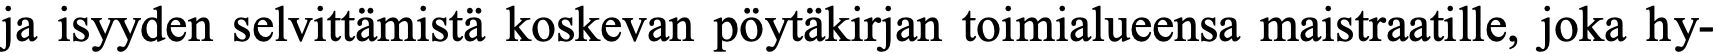
ja isyyden selvittämistä koskevan pöytäkirjan toimialueensa maistraatille, joka hy-